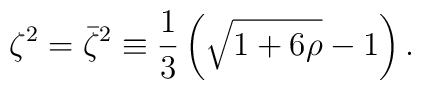
\zeta^{2} = \bar\zeta^{2} \equiv\frac13\left(  \sqrt{1+6\rho}-1\right)  .